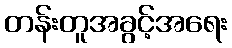
တန်းတူအခွင့်အရေး